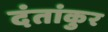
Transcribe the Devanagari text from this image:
दंतांकुर